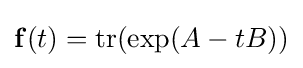
\mathbf {f} (t)=\operatorname {tr} (\exp(A-tB))